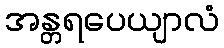
အန္တရပေယျာလံ